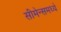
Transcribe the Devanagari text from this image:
सीमेन्समध्ये